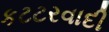
કટટરવાદી